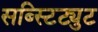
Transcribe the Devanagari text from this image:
सब्स्टिट्युट